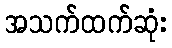
အသက်ထက်ဆုံး